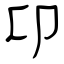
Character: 卬